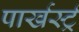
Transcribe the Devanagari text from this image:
पार्खर्स्ट्र